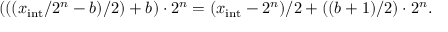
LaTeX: ( ( ( x _ { \mathrm { i n t } } / 2 ^ { n } - b ) / 2 ) + b ) \cdot 2 ^ { n } = ( x _ { \mathrm { i n t } } - 2 ^ { n } ) / 2 + ( ( b + 1 ) / 2 ) \cdot 2 ^ { n } .